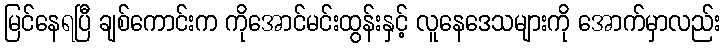
မြင်နေရပြီ ချစ်ကောင်းက ကိုအောင်မင်းထွန်းနှင့် လူနေဒေသများကို အောက်မှာလည်း